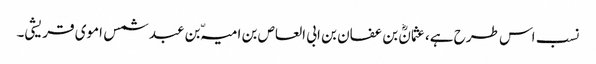
نسب اس طرح ہے، عثمانؓ بن عفان بن ابی العاص بن امیہّ بن عبد شمس اموی قریشی۔